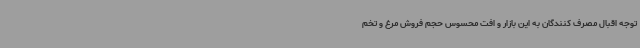
توجه اقبال مصرف کنندگان به این بازار و افت محسوس حجم فروش مرغ و تخم